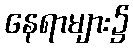
နေရာများ၌